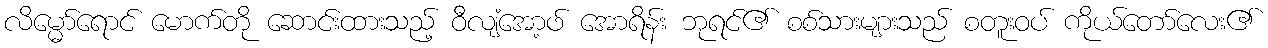
လိမ္မော်ရောင် မောက်တို ဆောင်းထားသည့် ဝီလျံအော့ဖ် အောရိန်း ဘုရင်၏ စစ်သားများသည် စတူးဝပ် ကိုယ်တော်လေး၏